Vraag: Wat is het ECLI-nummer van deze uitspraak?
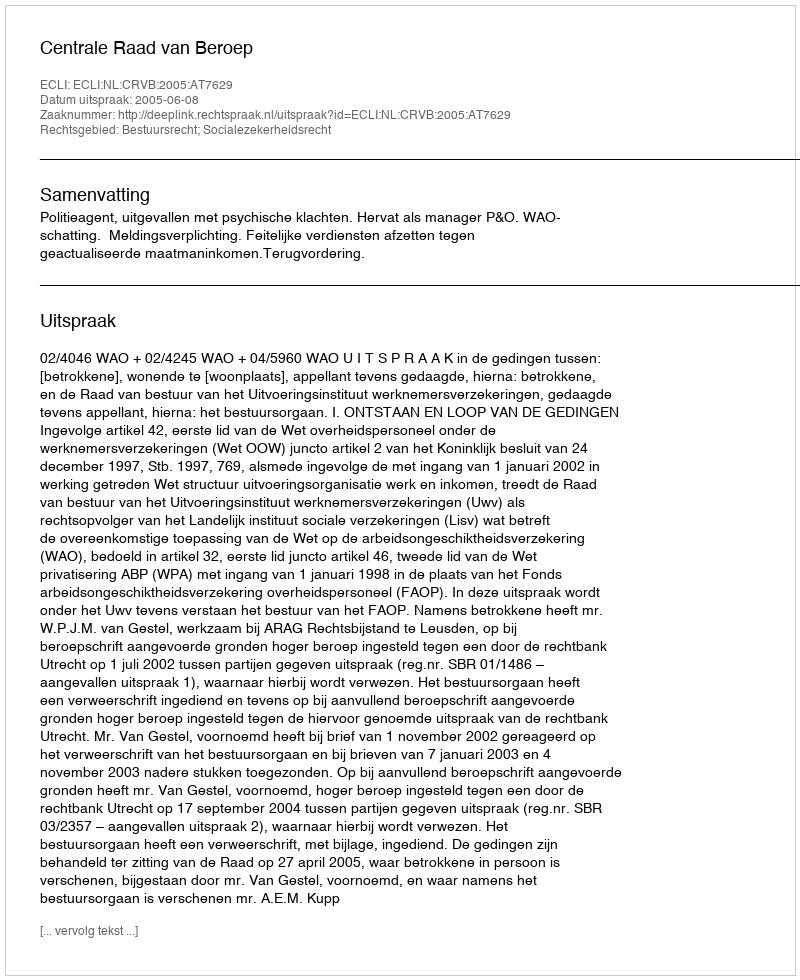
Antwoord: ECLI:NL:CRVB:2005:AT7629